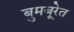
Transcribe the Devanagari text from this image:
बुमबूरेत